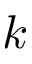
k